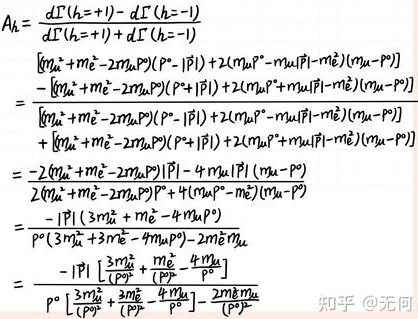
\[
\begin{align*}
A_k&=\frac{d\Gamma(h=+1)-d\Gamma(h=-1)}{d\Gamma(h=+1)+d\Gamma(h=-1)}\\
&=\frac{[m_{\mu}^++m_e^--2m_{\mu}P^0(-|\vec{P}|)+2(m_{\mu}P^0-m_{\mu}|\vec{P}|-m_e^2)(m_{\mu}-P^0)]-[m_{\mu}^++m_e^--2m_{\mu}P^0(+|\vec{P}|)+2(m_{\mu}P^0+m_{\mu}|\vec{P}|-m_e^2)(m_{\mu}-P^0)]}{[m_{\mu}^++m_e^--2m_{\mu}P^0(-|\vec{P}|)+2(m_{\mu}P^0-m_{\mu}|\vec{P}|-m_e^2)(m_{\mu}-P^0)]+[m_{\mu}^++m_e^--2m_{\mu}P^0(+|\vec{P}|)+2(m_{\mu}P^0+m_{\mu}|\vec{P}|-m_e^2)(m_{\mu}-P^0)]}\\
&=\frac{-2(m_{\mu}^++m_e^--2m_{\mu}P^0)|\vec{P}|-4m_{\mu}|\vec{P}|(m_{\mu}-P^0)}{2(m_{\mu}^++m_e^--2m_{\mu}P^0)P^0+4(m_{\mu}P^0-m_e^2)(m_{\mu}-P^0)}\\
&=\frac{-|\vec{P}|(3m_{\mu}^++m_e^--4m_{\mu}P^0)}{P^0(3m_{\mu}^++3m_e^--4m_{\mu}P^0)-2m_e^2m_{\mu}}\\
&=\frac{-|\vec{P}|}{P^0}\frac{3\frac{m_{\mu}^+}{P^0}+\frac{m_e^-}{P^0}-\frac{4m_{\mu}}{P^0}}{3\frac{m_{\mu}^+}{P^0}+3\frac{m_e^-}{P^0}-\frac{4m_{\mu}}{P^0}-\frac{2m_e^2m_{\mu}}{P^0}}
\end{align*}
\]